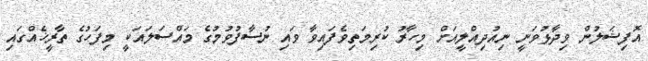
އޮފިޝަލުން ވިދާޅުވަނީ ނިއުދިއްލީއަށް މިހާރު ކުރިމަތިވެފައިވާ ވައި ނުސާފުވުމުގެ މައްސަލައަކީ މިފަހުގެ ތާރީޚެއްގައި